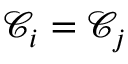
\mathcal { C } _ { i } = \mathcal { C } _ { j }